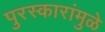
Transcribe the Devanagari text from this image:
पुरस्कारांमुळे